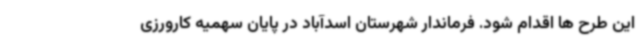
این طرح ها اقدام شود. فرماندار شهرستان اسدآباد در پایان سهمیه کارورزی